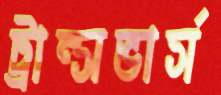
ট্রান্সভার্স